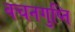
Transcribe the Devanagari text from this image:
वचनगुप्ति